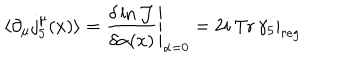
\langle \partial _ { \mu } j _ { 5 } ^ { \mu } ( x ) \rangle = \left. \frac { \delta \ln { \mathcal J } } { \delta \alpha ( x ) } \right| _ { \alpha = 0 } = \left. 2 i \, \mathrm { T r } \, \gamma _ { 5 } \right| _ { r e g }